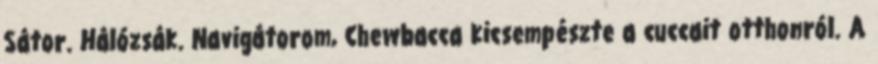
Sátor. Hálózsák. Navigátorom, Chewbacca kicsempészte a cuccait otthonról. A